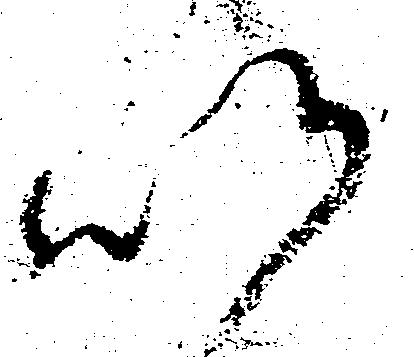
以